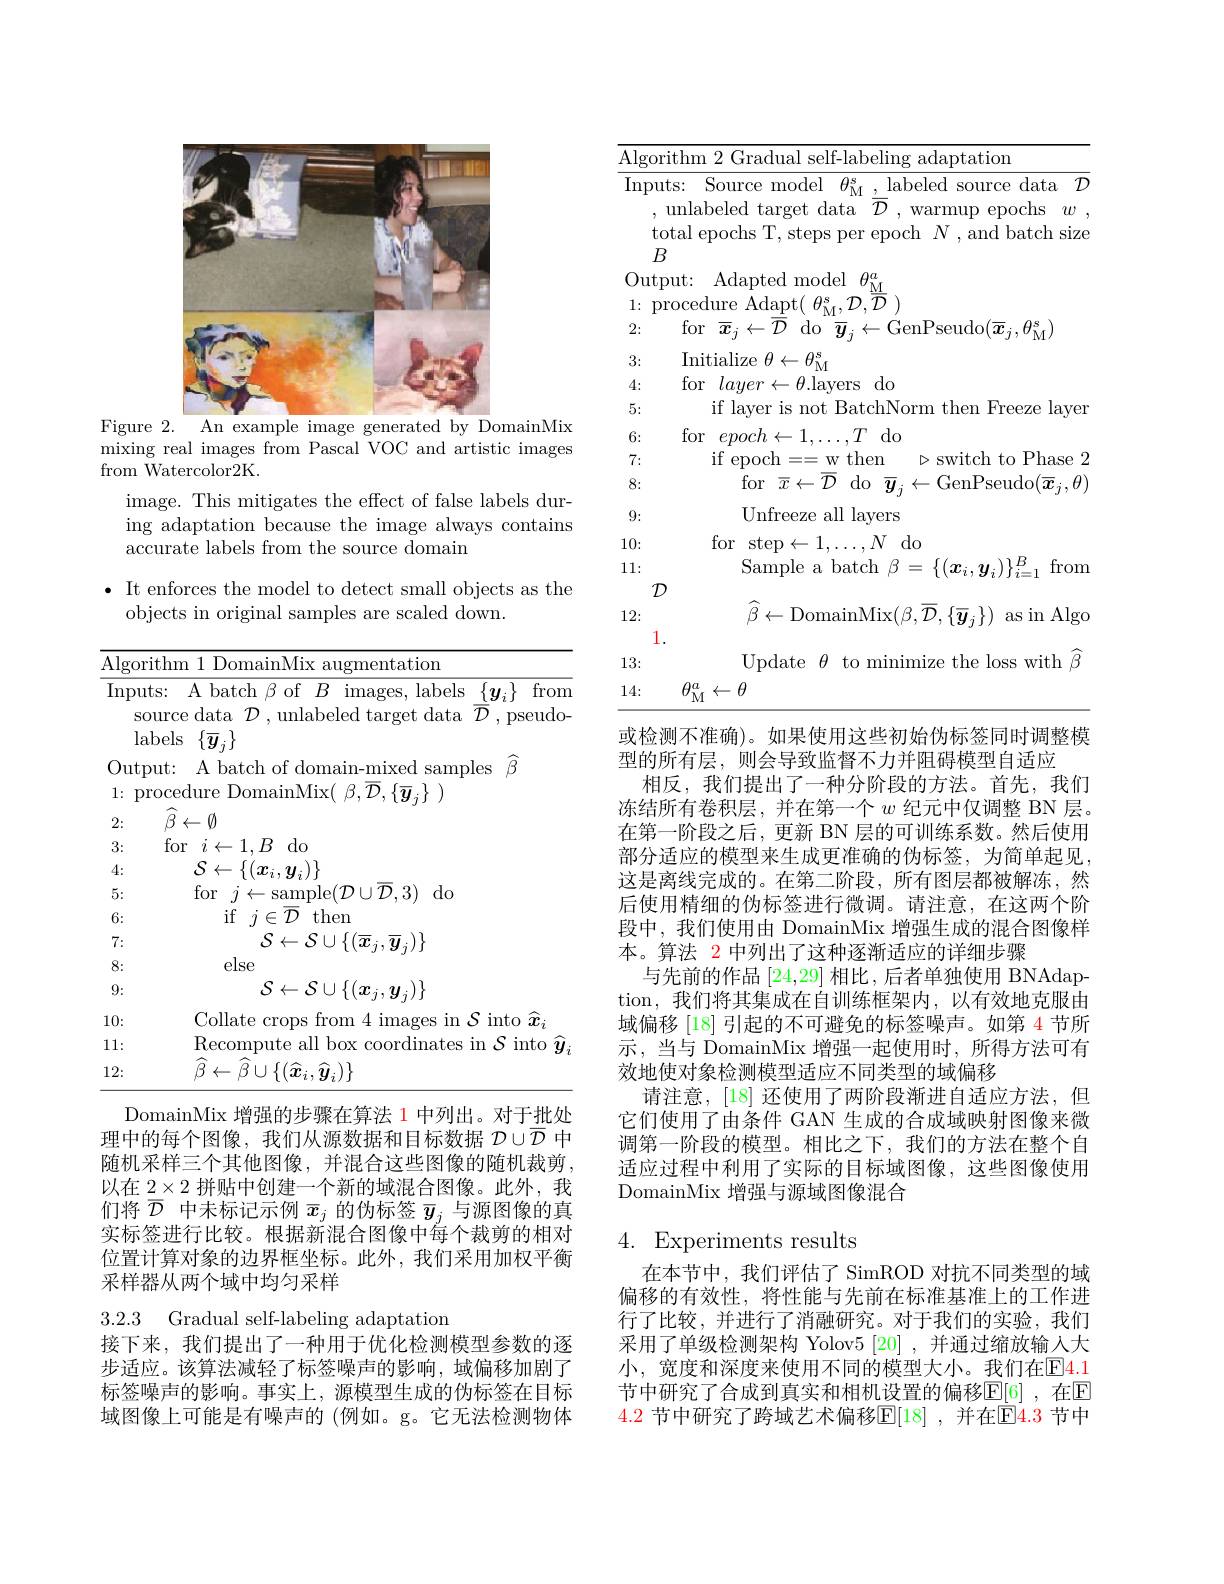
<FigureHere>
Figure 2. An example image generated by DomainMix

mixing real images from Pascal VOC and artistic images
from Watercolor2K.

image. This mitigates the effect of false labels during adaptation because the image always contains accurate labels from the source domain

$\bullet$ It enforces the model to detect small objects as the
objects in original samples are scaled down.

DomainMix 增强的步骤在算法 1 中列出。对于批处

理中的每个图像，我们从源数据和目标数据$\mathcal{D}\cup\overline{\mathcal{D}}$中随机采样三个其他图像，并混合这些图像的随机裁剪， 以在$2\times2$拼贴中创建一个新的域混合图像。此外，我们将$\overline{\mathcal{D}}$中未标记示例$\overline{x}_j$的伪标签$\overline{\boldsymbol{y}}_j$与源图像的真实标签进行比较。根据新混合图像中每个裁剪的相对位置计算对象的边界框坐标。此外，我们采用加权平衡采样器从两个域中均匀采样

3.2.3 Gradual self-labeling adaptation

接下来，我们提出了一种用于优化检测模型参数的逐步适应。该算法减轻了标签噪声的影响，域偏移加剧了标签噪声的影响。事实上，源模型生成的伪标签在目标域图像上可能是有噪声的 (例如。g。它无法检测物体

$\overline{\mathrm{Algorithm~2~Gradual~self-labeling~adaptation}}$
$\overline{\text{Inputs: Source model }\theta_{\mathrm{M}}^{\mathrm{s}},\text{labeled source data}{\mathcal{D}}}$
,unlabeled target data$\overline{\mathcal{D}}$,warmup epochs$w$, total epochs T, steps per epoch $N$ , and batch size $B$
Output: Adapted model $\theta _{\underline {\mathrm{M} }}^{a}$ $1{: }\operatorname { \mathrm{procedure~}} \operatorname { \mathrm{Adapt}} _{\overline {\varpi }}( \theta _{\underline {\mathrm{M} }}^{s}, \mathcal{D} , ^{\frac {\mathrm{m} }{\mathrm{M} }})$
for$\begin{array}{c}\overline{x}_{j}\leftarrow\overline{{\overline{D}}}&\mathrm{do}&\overline{{\overline{y}}}_{j}\leftarrow\mathrm{GenPseudo}(\overline{{\overline{x}}}_{j},\theta_{{\mathcal{M}}}^{{\mathfrak{s}}})\end{array}$
Initialize $\theta\leftarrow\theta_\mathrm{M}^\mathrm{s}$
for $layer\leftarrow\theta.$layers do
if layer is not BatchNorm then Freeze layer
for $epoch\leftarrow1,\ldots,T$do
$\triangleright$switch to Phase 2
if epoch==w then
${\overset{1}{\operatorname*{for}}}{\overline{x}}\leftarrow{\overline{\mathcal{D}}}$do${\overline{y}}_{j}\leftarrow$GenPseudo$(\overline{x}_{j},\theta)$
Unfreeze all layers
for step$\leftarrow1,\ldots,N$do
${\dot{\text{Sample a batch}}}\beta=\{(x_i,y_i)\}_{i=1}^B$from
$\mathcal{D}$
$\widehat{\beta}\leftarrow$DomainMix$(\beta,\overline{\mathcal{D}},\{\overline{\boldsymbol{y}}_j\})$ as in Algo
1.
Update $\theta$ to minimize the loss with $\widehat\beta$
$\theta_{\mathrm{M}}^a\leftarrow\theta$

2: 3: 4: 5: 6: 7: 8: 9: 10: 11: 12: 13: 14: 或检测不准确)。如果使用这些初始伪标签同时调整模

型的所有层，则会导致监督不力并阻碍模型自适应
相反，我们提出了一种分阶段的方法。首先，我们冻结所有卷积层，并在第一个$w$纪元中仅调整 BN 层。在第一阶段之后，更新 BN 层的可训练系数。然后使用部分适应的模型来生成更准确的伪标签，为简单起见， 这是离线完成的。在第二阶段，所有图层都被解冻，然后使用精细的伪标签进行微调。请注意，在这两个阶段中，我们使用由 DomainMix 增强生成的混合图像样本。算法 2 中列出了这种逐渐适应的详细步骤
与先前的作品[24,29]相比 ,后者单独使用 BNAdaption,我们将其集成在自训练框架内，以有效地克服由域偏移 [18] 引起的不可避免的标签噪声。如第 4 节所示，当与 DomainMix 增强一起使用时，所得方法可有效地使对象检测模型适应不同类型的域偏移
请注意，[18] 还使用了两阶段渐进自适应方法，但它们使用了由条件 GAN 生成的合成域映射图像来微调第一阶段的模型。相比之下，我们的方法在整个自适应过程中利用了实际的目标域图像，这些图像使用DomainMix 增强与源域图像混合

## 4. Experiments results

在本节中，我们评估了 SimROD 对抗不同类型的域偏移的有效性，将性能与先前在标准基准上的工作进行了比较，并进行了消融研究。对于我们的实验，我们采用了单级检测架构 Yolov5 [20] ,并通过缩放输入大小，宽度和深度来使用不同的模型大小。我们在$\boxed{\mathrm{E}}4.1$ 节中研究了合成到真实和相机设置的偏移$\mathbb{E}[6]$ ,在$\mathbb{E}$ $\color{red}{4.2\text{ 节中研究了跨域艺术偏移}\mathbb{E}[18]}$ ,并在$\color{red}{\boxed{4.3}}$ 节中研究了跨域艺术偏移$\mathbb{E}[18]$ ,并在$\color{red}{\boxed{4.3}}$ 节中